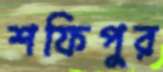
শফিপুর